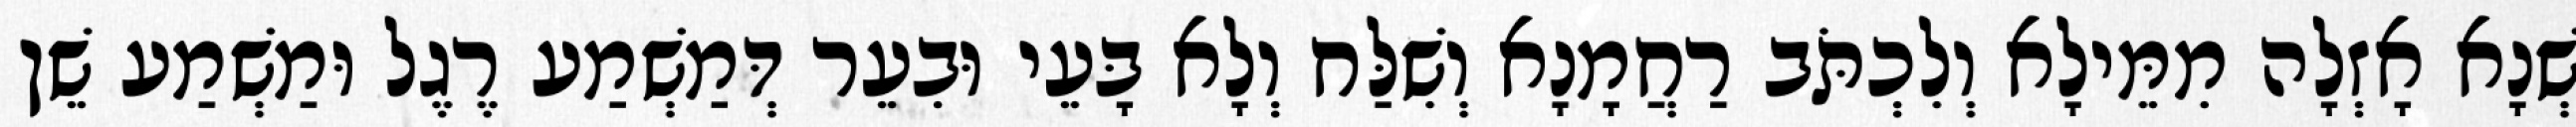
שְׁנָא אָזְלָה מִמֵּילָא וְלִכְתֹּב רַחֲמָנָא וְשִׁלַּח וְלָא בָּעֵי וּבִעֵר דְּמַשְׁמַע רֶגֶל וּמַשְׁמַע שֵׁן